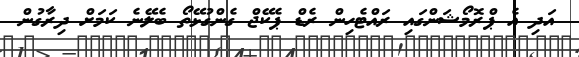
އަދި އެ ޕްރޮމޯޝަންގައި ރައްޓެހިން ރެޑް ޕެކޭޖް ގެންގުޅޭތޯ ބެލޭނެ ކަމަށް ދިރާގުން